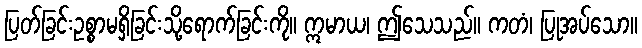
ပြတ်ခြင်းဥစ္စာမရှိခြင်းသို့ရောက်ခြင်းကို။ ဣမာယ၊ ဤသေသည်။ ကတံ၊ ပြုအပ်သော။